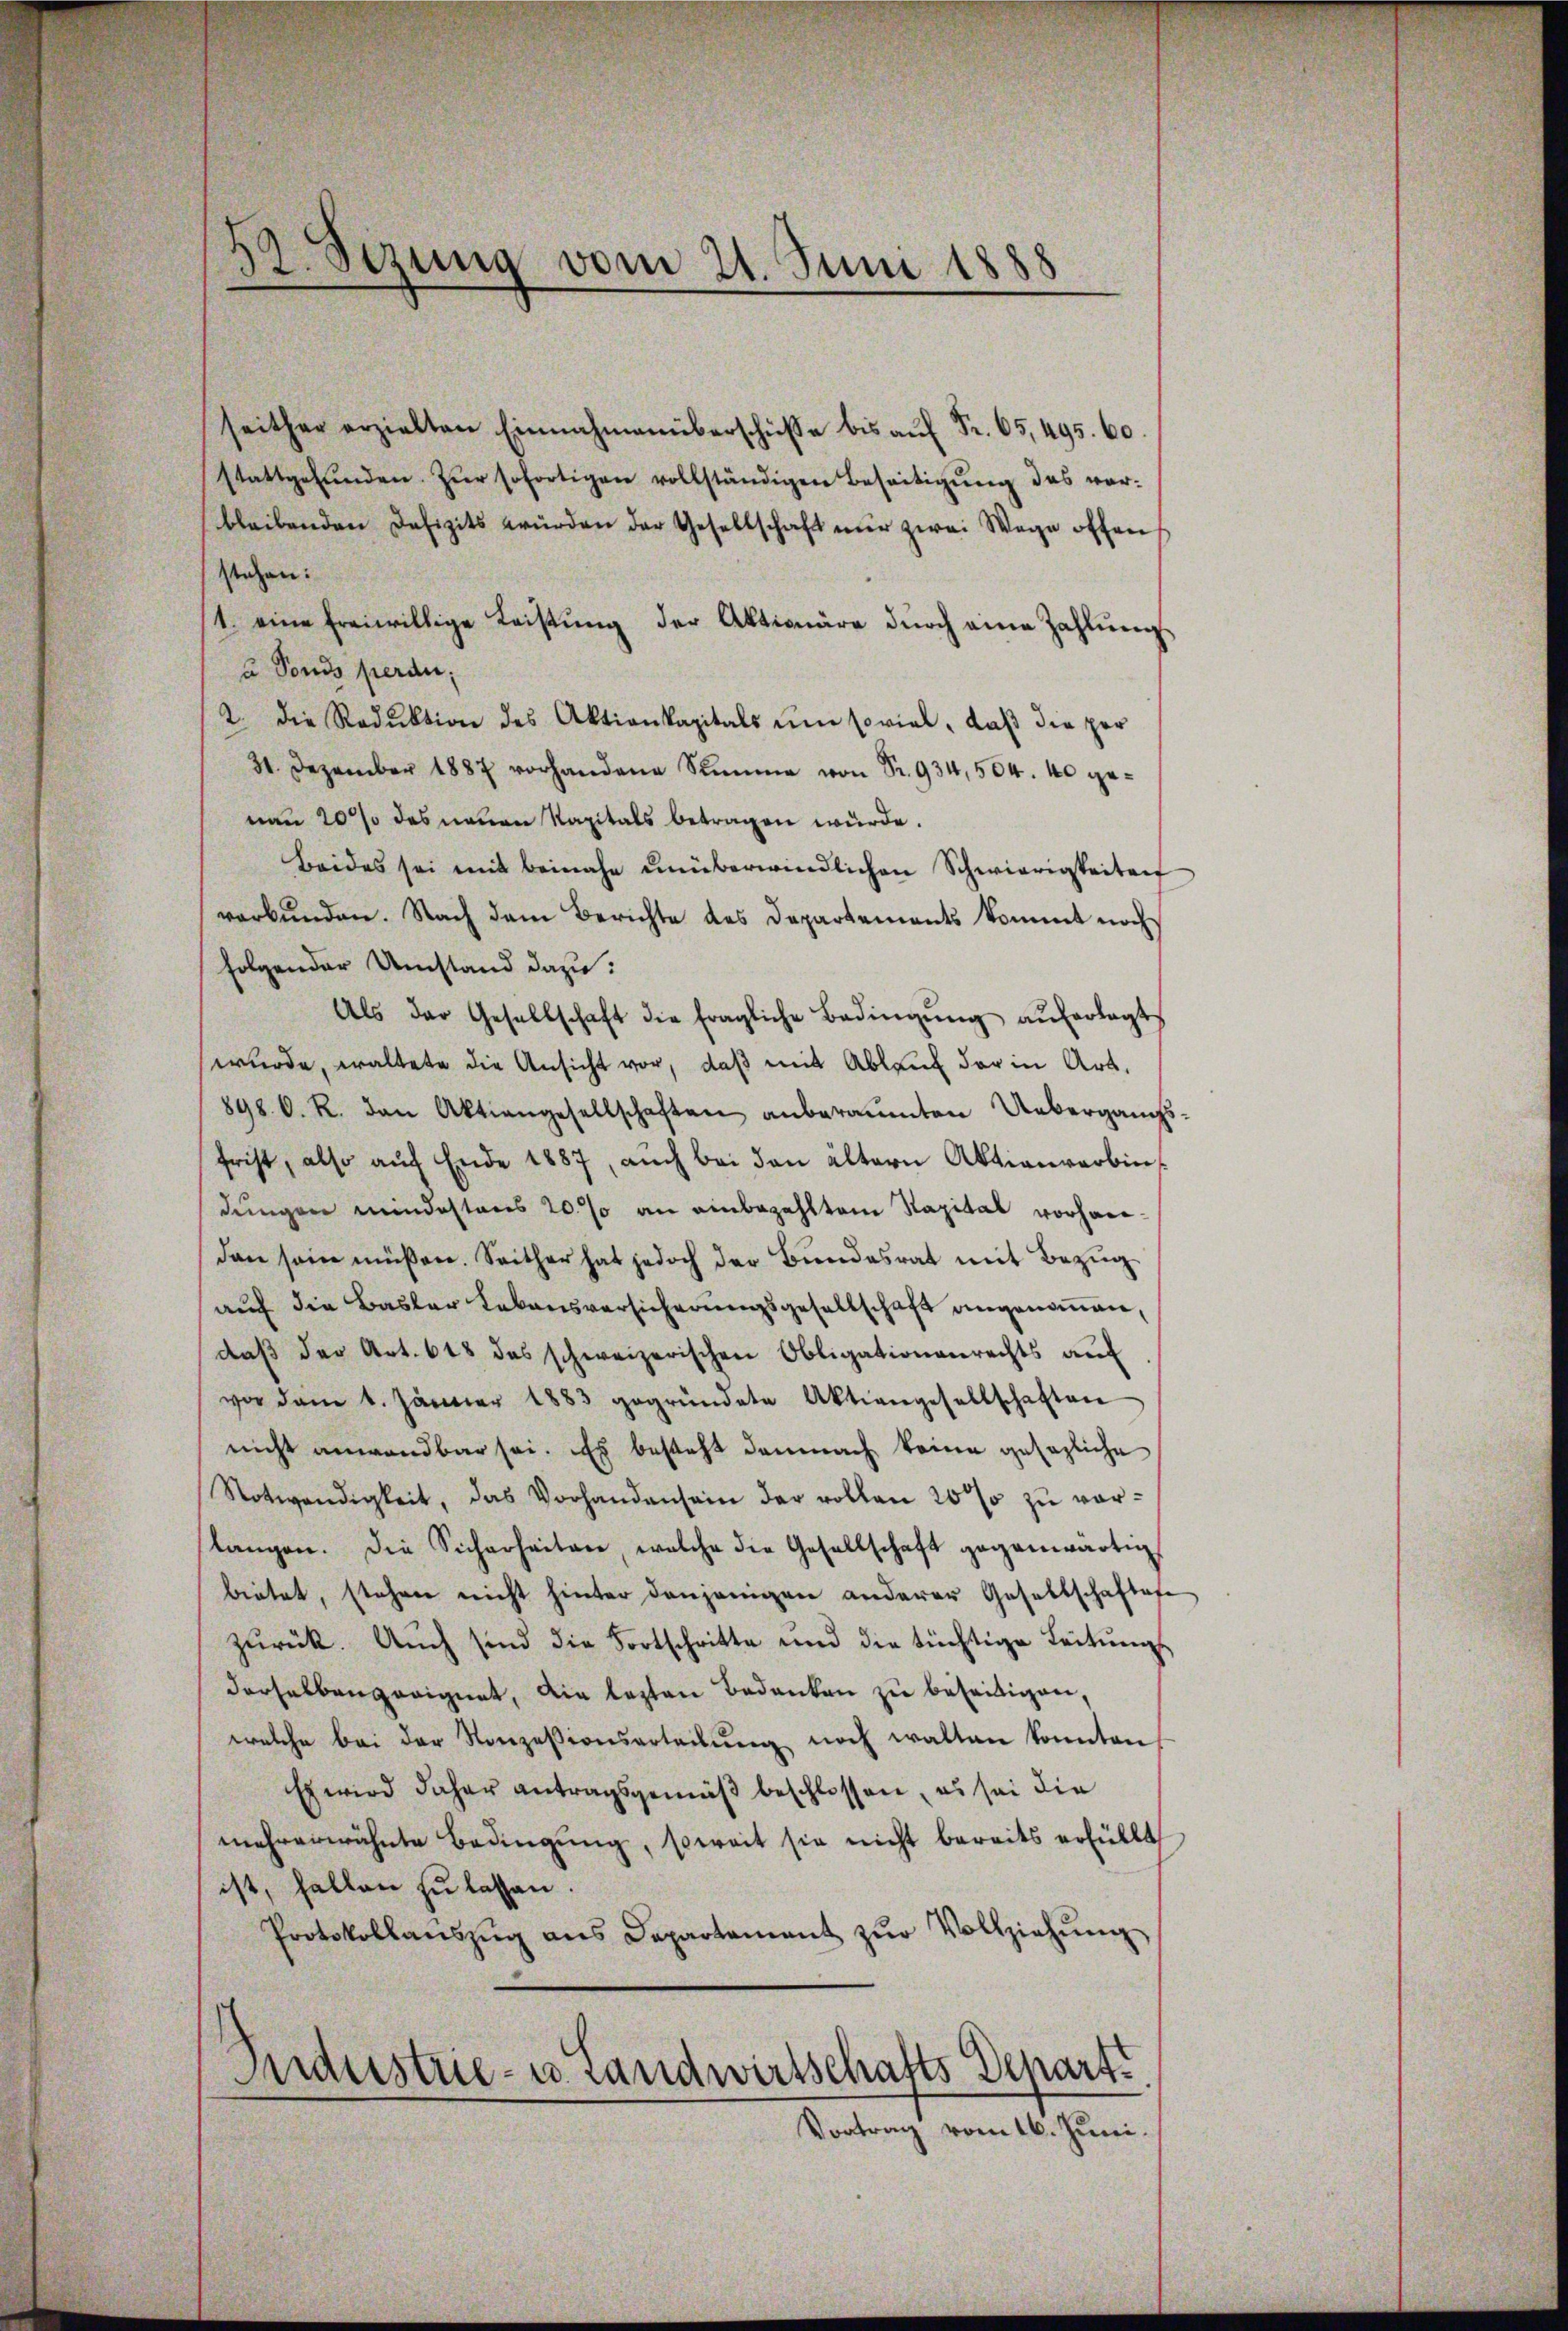
52. Sezung vom 21. Juni 1888

seither erzielten Einnahmenüberschüsse bis aŭf Fr. 65,495. 60.
stattgefŭnden. Zŭr sofortigen vollständigen Beseitigŭng das ver-
bleibenden Defizits würden der Gesellschaft nur zwei Wege offen
stehen:
/1. eine freiwillige Leistŭng der Aktionäre dŭrch eine Zahlŭng
u Fonds perdu
2. die Reduktion des Aktionkapitals ŭm soviel, daβ die per
31. Dezember 1887 vorhandene Summe von Sr. 934,504. 40 genau 20 % des neuen Kapitals betragen würde.
Beides sei mit beinahe unüberwindlichen Schwierigkeiten
verbunden. Nach dem Berichte des Departements kommt noch
folgender Umstand dazu:
Als der Gesellschaft die fragliche Bedingŭng aŭferlegt
wurde, waltete die Ansicht vor, daß mit Ablauf der in Art.
898. C. R. den Aktiengesellschaften anberaumten Uebergangsfrist, also aŭf Ende 1887, auch bei den ältern Aktienverbindungen mindestens 20% an einbezahltem Kapital vorhanden sein müßen. Seither hat jedoch der Bundesrat mit Bezug
auf die Basler Lebensversicherungsgesellschaft angenommen,
daβ der Art. 618 das schweizerischen Obligationenrechts aŭf
vor dem 1. Jänner 1883 gegründete Aktiengesellschaften
nicht anwendbar sei. Es besteht demnach keine gesezliche
Notwendigkeit, das Vorhandensein der vollen 20% zu vorlangen. Die Sicherheiten, welche die Gesellschaft gegenwärtig
bietet, stehen nicht hinter denjenigen anderer Gesellschaftafe
zurück. Auch sind die Fortschritte und die tüchtige Leitungs
derselben geeignet, die lezten Bedanken zu beseitigen,
welche bei der Konzesionsarteilŭng noch walten konnten,
Es wird daher antragsgemäß beschlossen, es sei die
mehrerwähnte Bedingung, soweit sie nicht bereits erfüllt
ist, fallen zu lassen.
Protokollanszŭg ans Departement zŭr Vollziehŭng
Industrie- u. Landwirtschafts Depart.
Vortrag vom 16. Juni.